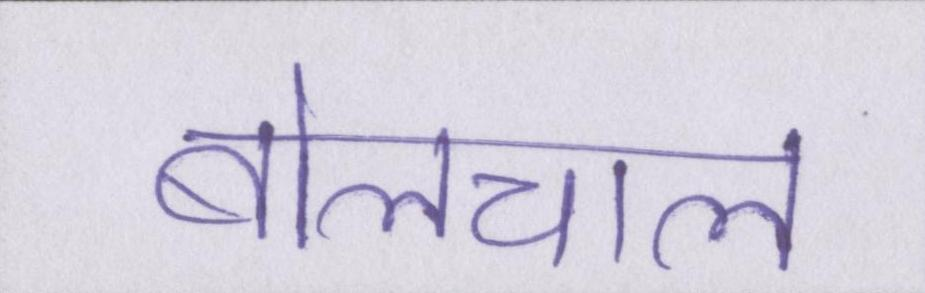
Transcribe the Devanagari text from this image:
बोलचाल